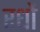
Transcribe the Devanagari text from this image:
रधों